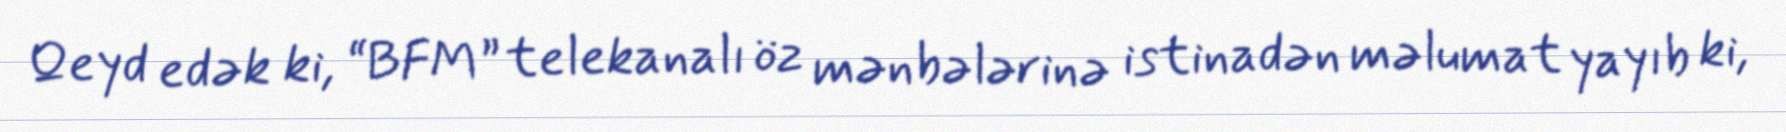
Qeyd edək ki, “BFM” telekanalı öz mənbələrinə istinadən məlumat yayıb ki,